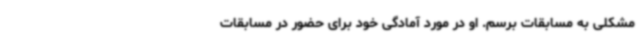
مشکلی به مسابقات برسم. او در مورد آمادگی خود برای حضور در مسابقات